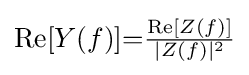
\operatorname {Re} [Y(f)]{=}{\tfrac {\operatorname {Re} [Z(f)]}{|Z(f)|^{2}}}